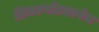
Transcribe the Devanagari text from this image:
ठिकाणांप्रमाणेच